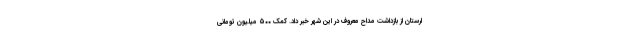
لرستان از بازداشت مداح معروف در این شهر خبر داد. کمک ۵۰۰ میلیون تومانی